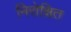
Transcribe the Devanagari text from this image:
निरोक्षित